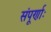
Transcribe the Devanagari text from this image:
संपूर्णाः